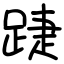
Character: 踕